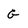
Character: G